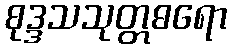
စုဒ္ဒသသုတ္တဓရော